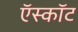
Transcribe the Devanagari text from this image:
ऍस्कॉट